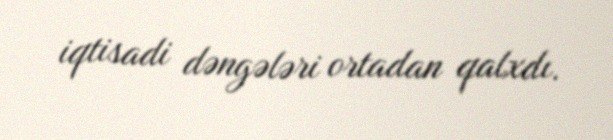
iqtisadi dəngələri ortadan qalxdı.